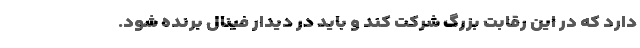
دارد که در این رقابت بزرگ شرکت کند و باید در دیدار فینال برنده شود.